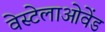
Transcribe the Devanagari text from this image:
वेस्टेलाओवेंड